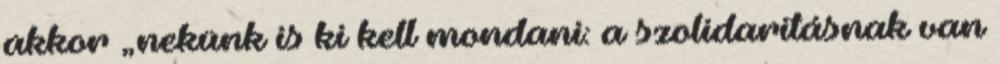
akkor „nekünk is ki kell mondani: a szolidaritásnak van